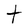
Character: t